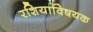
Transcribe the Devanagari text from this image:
रशियाविषयक